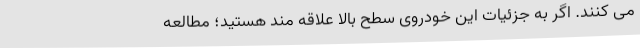
می کنند. اگر به جزئیات این خودروی سطح بالا علاقه مند هستید؛ مطالعه